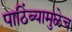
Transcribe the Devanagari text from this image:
पाठिंब्यामुळेच